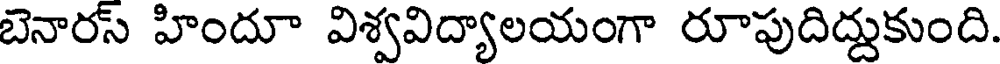
బెనారస్ హిందూ విశ్వవిద్యాలయంగా రూపుదిద్దుకుంది.